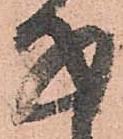
子